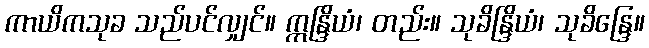
ကာယိကသုခ သည်ပင်လျှင်။ ဣန္ဒြိယံ၊ တည်း။ သုခိန္ဒြိယံ၊ သုခိန္ဒြေ။